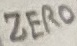
Text: ZERO